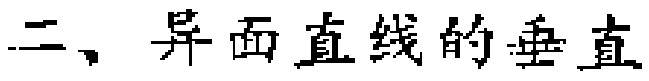
二、异面直线的垂直